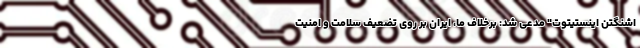
اشنگتن اینستیتوت" مدعی شد: برخلاف ما، ایران بر روی تضعیف سلامت و امنیت